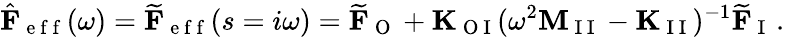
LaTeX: \hat{\mathbf{F}}_{\mathrm{~e~f~f~}}(\omega)=\widetilde{\mathbf{F}}_{\mathrm{~e~f~f~}}(s=i\omega)=\widetilde{\mathbf{F}}_{\mathrm{~O~}}+\mathbf{K}_{\mathrm{~O~I~}}(\omega^{2}\mathbf{M}_{\mathrm{~I~I~}}-\mathbf{K}_{\mathrm{~I~I~}})^{-1}\widetilde{\mathbf{F}}_{\mathrm{~I~}}\, .